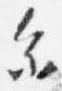
参